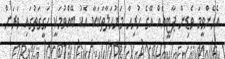
އެހެންވީމަ ވެޑިން ޕާޓީއެއް އޭގެ ހުރިހާ މަރުހަލާތަކަކާ އެކު ބޭއްވުމަކީ ހަގީގަތުގައި ވަރަށް